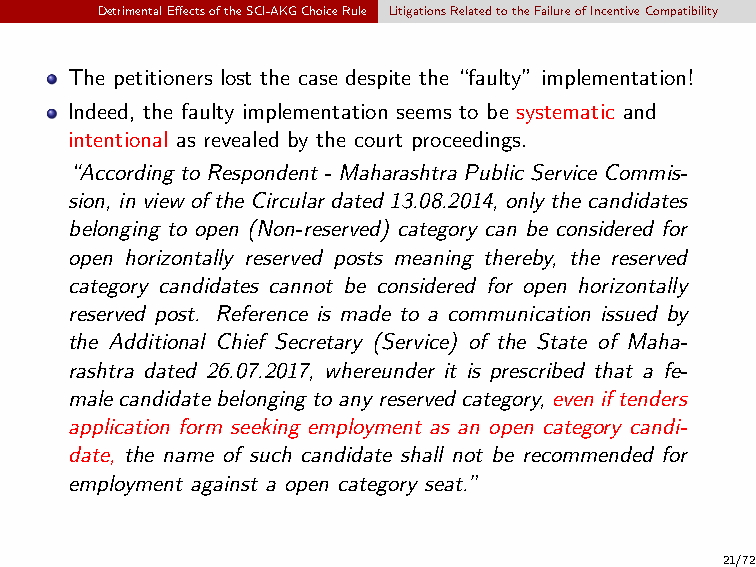
DetrimentalEffectsoftheSCI-AKGChoiceRule LitigationsRelatedtotheFailureofIncentiveCompatibility
 The petitioners lost the case despite the “faulty” implementation!
 Indeed, the faulty implementation seems to be systematic and
 intentional as revealed by the court proceedings.
 “According to Respondent - Maharashtra Public Service Commis-
 sion, in view of the Circular dated 13.08.2014, only the candidates
 belonging to open (Non-reserved) category can be considered for
 open horizontally reserved posts meaning thereby, the reserved
 category candidates cannot be considered for open horizontally
 reserved post. Reference is made to a communication issued by
 the Additional Chief Secretary (Service) of the State of Maha-
 rashtra dated 26.07.2017, whereunder it is prescribed that a fe-
 male candidate belonging to any reservedcategory, even iftenders
 application form seeking employment as an open category candi-
 date, the name of such candidate shall not be recommended for
 employment against a open category seat.”
 21/72